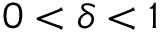
0 < \delta < 1